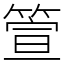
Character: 箮